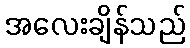
အလေးချိန်သည်